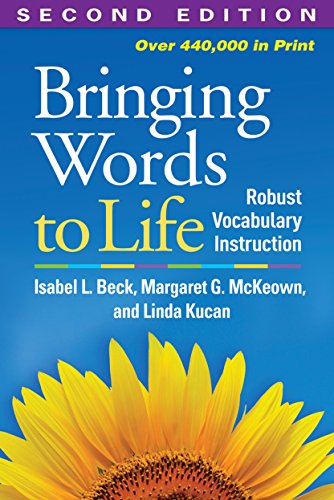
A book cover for Bringing Words to Life, Second Edition: Robust Vocabulary Instruction; Isabel L. Beck; Education & Teaching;